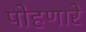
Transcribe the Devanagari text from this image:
पोहणारे